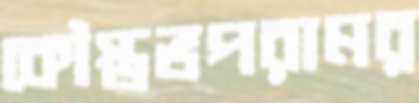
কৌস্তভপরামর্